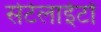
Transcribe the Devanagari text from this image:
सेटेलाईटों